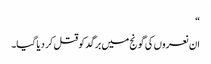
“
ان نعروں کی گونج میں برگد کو قتل کر دیا گیا۔